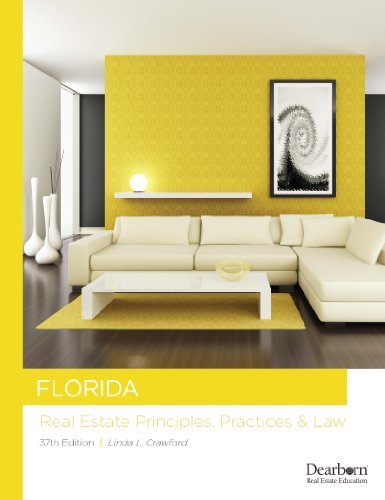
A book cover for Florida Real Estate Principles, Practices & Law (Florida Real Estate Principles, Practices and Law); Linda L. Crawford; Business & Money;